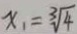
x _ { 1 } = \sqrt [ 3 ] { 4 }